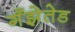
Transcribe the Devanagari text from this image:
गँझेतेड